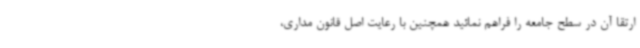
ارتقا آن در سطح جامعه را فراهم نمائید همچنین با رعایت اصل قانون مداری،